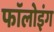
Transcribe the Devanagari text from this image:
फाॅलोइंग